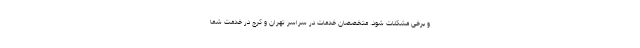
و برخی مشکلات شود. متخصصان خدمات در سراسر تهران و کرج در خدمت شما